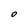
Character: O